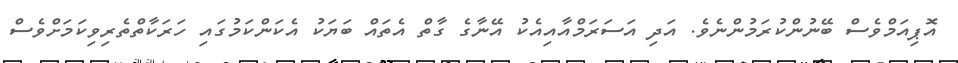
އޮޕިއަމްވެސް ބޭނުންކުރަމުންނެވެ. އަދި އަސަރަމްއާއިއެކު އޭނާގެ ގާތް އެތައް ބަޔަކު އެކަންކަމުގައި ހަރަކާތްތެރިވިކަމަށްވެސް